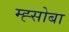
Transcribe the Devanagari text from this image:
म्ह्सोबा